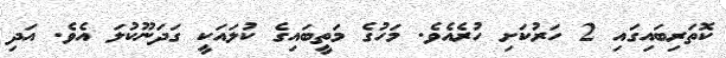
ކޮތަރިބައިގައި 2 ހަރުކަށި ހުރެއެވެ. މަހުގެ މަތީބައިގެ ކުލައަކީ ގަދަނޫކުލަ އެވެ. އަދި